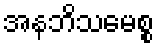
အနဘိသမေစ္စ